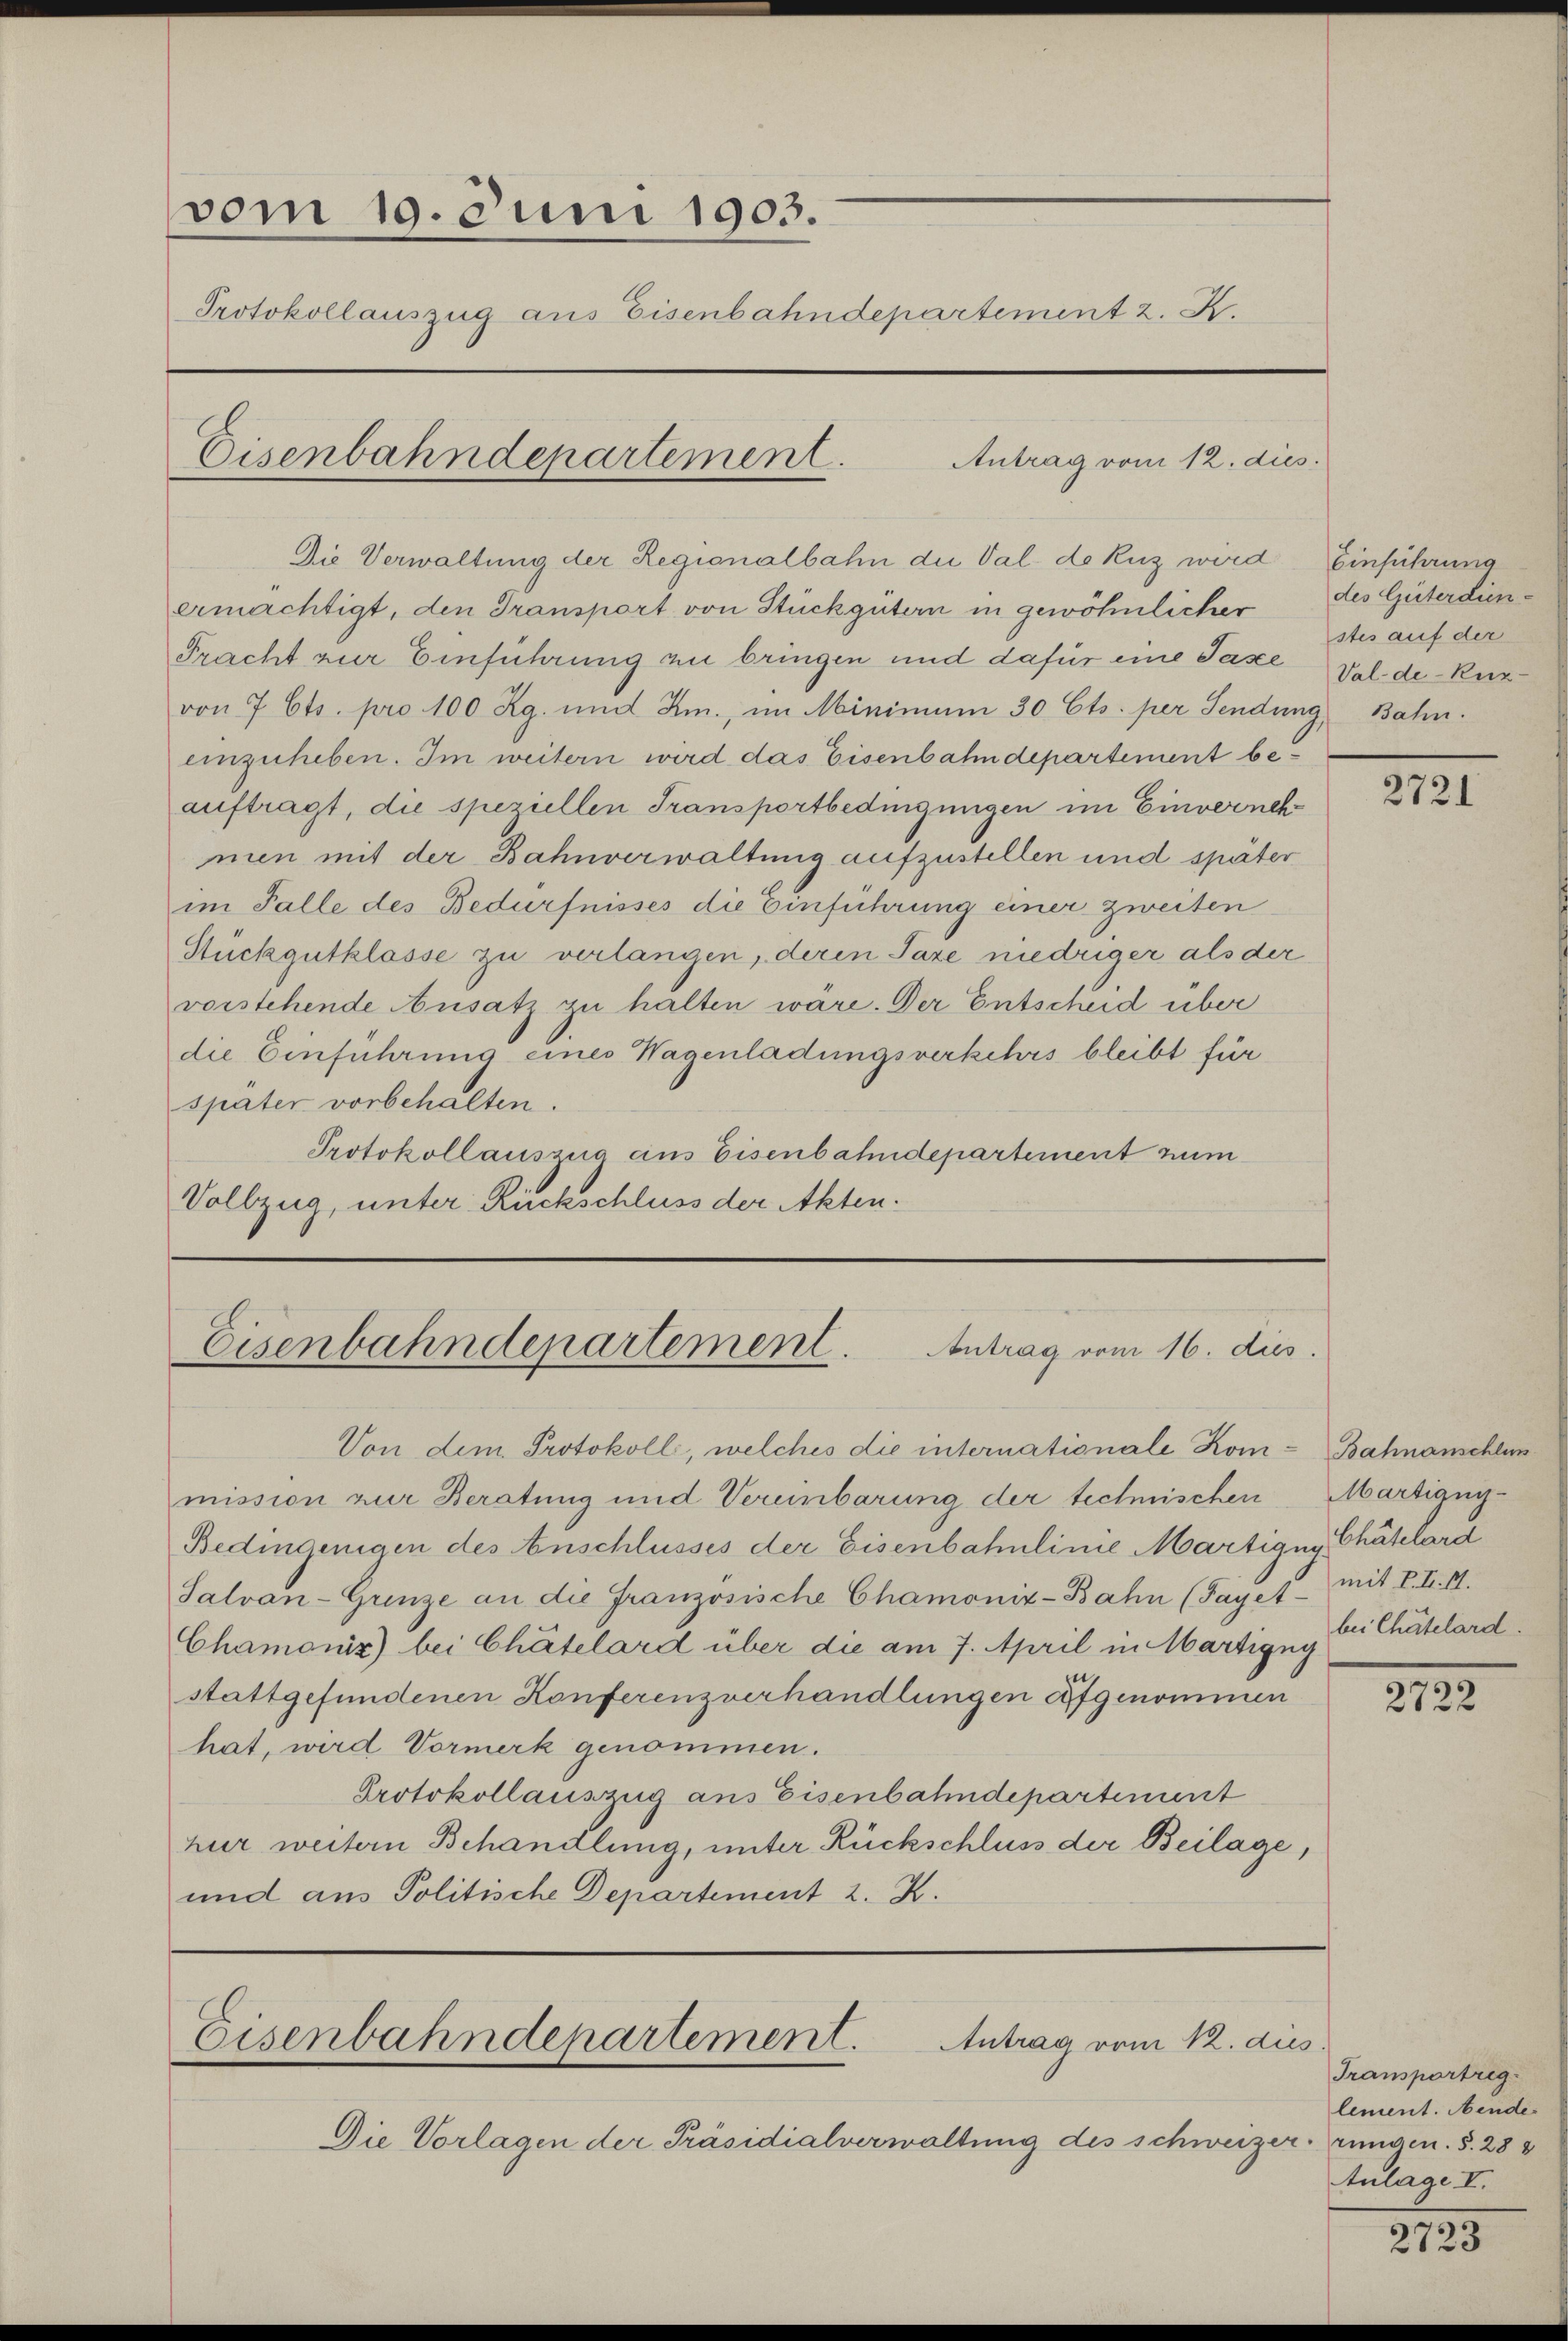
vom 19. Juni 1903.
Protokollauszug aus Eisenbahndepartement z. K.

Antrag vom 12. dies
Eisenbahndepartement.

Die Verwaltung der Regionalbahn die Val de Kuz wird
ermächtigt, den Transport von Stückgütern in gewöhnlicher
Fracht zur Einführung zu bringen und dafür eine Tasce
von 7 Cts. pro 100 Rg. und Km., im Minimum 30 Cts. per Sendung, Bahn.
einzuheben. Im weitern wird das Eisenbahndepartement beauftragt, die speziellen Transportbedingungen im Einvernehmen mit der Bahnverwaltung aufzustellen und später
im Falle des Bedürfnisses die Einführung einer zweiten
Stückgutklasse zu verlangen, deren Taxe niedriger als der
vorstehende Ansatz zu halten wäre. Der Entscheid über
die Einführung eines Wagenladungsverkehrs bleibt für
später vorbehalten.
Protokollaussua aus Eisenbahndepartement zum
Vollzug, unter Rückschluss der Akten.

Eisenbahndepartement. Antrag vom 16. dus.

Von dem Protokoll, welches die internationale Kom-Bahnanschlus
mission zur Beratung und Vereinbarung der technischen Martigny-
Bedingenigen des Anschlusses der Eisenbahnlinie Martigny Chätelard
Salvan-Grnze an die Französische Chamonix-Bahn (Tayet - mit F. II. II.
Chamonix) bei Chätelard über die am 7. April in Martigny
stattgefundenen Konferenzverhandlungen aufgenommen
hat, wird Vormerk genommen.
Protokollauszug aus Eisenbahndepartement
hur weitern Behandlung, unter Rückschluss der Beilage,
und aus Politische Departement 2. K.

Eisenbahndepartement. Antrag vom 12. dies

Die Vorlagen der Präsidialverwaltung des schweizer. Zungen. S. 283

Einführung
des Güterdien-
stes auf der
Val de-Kuz¬

2721

bei Chätelard.

2722

Transportreg
lement. Abendes
tulage V.

2723